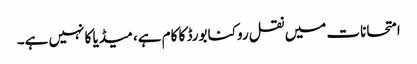
امتحانات میں نقل روکنا بورڈ کا کام ہے، میڈیا کا نہیں ہے۔